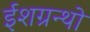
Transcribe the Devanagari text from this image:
ईशग्रन्थो